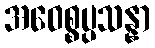
အဝေစ္စပ္ပသန္နာ